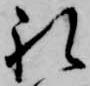
礼